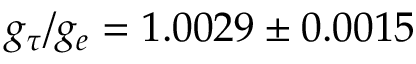
g _ { \tau } / g _ { e } = 1 . 0 0 2 9 \pm 0 . 0 0 1 5